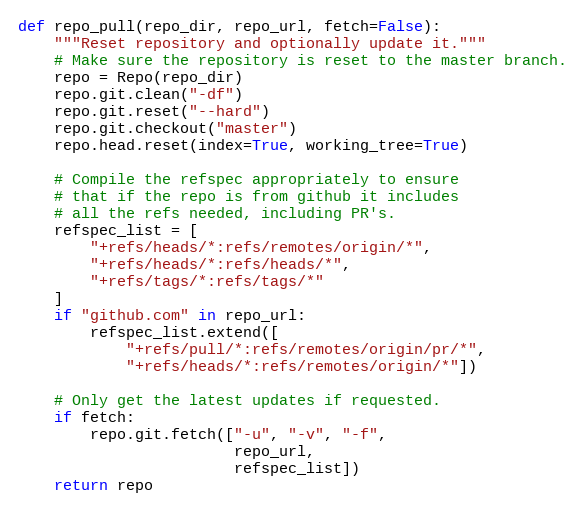
Language: Python
def repo_pull(repo_dir, repo_url, fetch=False):
    """Reset repository and optionally update it."""
    # Make sure the repository is reset to the master branch.
    repo = Repo(repo_dir)
    repo.git.clean("-df")
    repo.git.reset("--hard")
    repo.git.checkout("master")
    repo.head.reset(index=True, working_tree=True)

    # Compile the refspec appropriately to ensure
    # that if the repo is from github it includes
    # all the refs needed, including PR's.
    refspec_list = [
        "+refs/heads/*:refs/remotes/origin/*",
        "+refs/heads/*:refs/heads/*",
        "+refs/tags/*:refs/tags/*"
    ]
    if "github.com" in repo_url:
        refspec_list.extend([
            "+refs/pull/*:refs/remotes/origin/pr/*",
            "+refs/heads/*:refs/remotes/origin/*"])

    # Only get the latest updates if requested.
    if fetch:
        repo.git.fetch(["-u", "-v", "-f",
                        repo_url,
                        refspec_list])
    return repo